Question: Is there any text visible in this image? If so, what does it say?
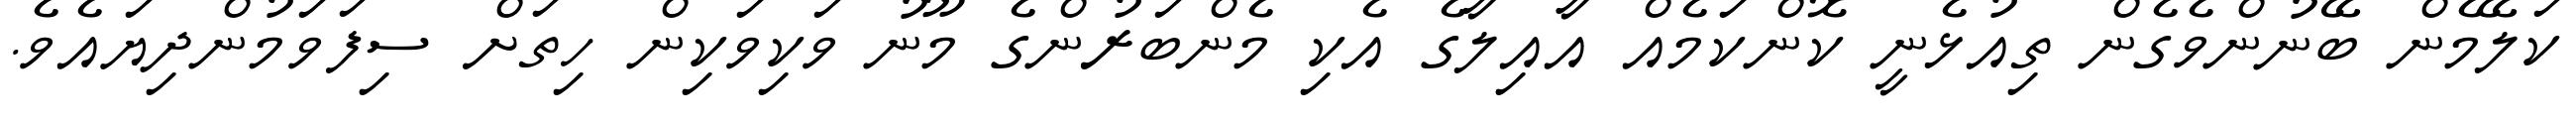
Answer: ކަލޭމެން ބޭނުންވެގެން ތިއުޅެނީ ކޮންކަމެއް އާއިލާގެ އެކި މެންބަރުންގެ މޫނު ވަކިވަކިން ހިތަށް ސިފަވަމުންދިޔައެވެ.